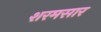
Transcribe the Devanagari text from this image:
शरमसार